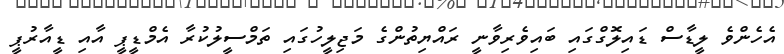
އެހެންވެ ލީޑާސް ޑައިލޮގްގައި ބައިވެރިވާނީ ރައްޔިތުންގެ މަޖިލީހުގައި ތަމްސީލުކުރާ އެމްޑީޕީ އާއި ޑީއާރުޕީ